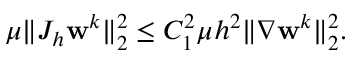
\begin{array} { r } { \mu \| J _ { h } \mathbf { w } ^ { k } \| _ { 2 } ^ { 2 } \leq C _ { 1 } ^ { 2 } \mu h ^ { 2 } \| \nabla \mathbf { w } ^ { k } \| _ { 2 } ^ { 2 } . } \end{array}